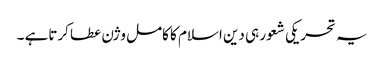
یہ تحریکی شعور ہی دین اسلام کا کامل وژن عطا کرتاہے ۔